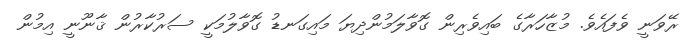
ރޭވަނީ ވެފައެވެ. މުޒާހަރާގެ ބައިވެރިން ގޮވާލަމުންދިޔަ މައިގަނޑު ގޮވާލުމަކީ ސަރުކާރުން ޤާނޫނީ އިމުން